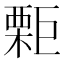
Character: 𣙬